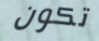
تكون